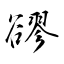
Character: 豂